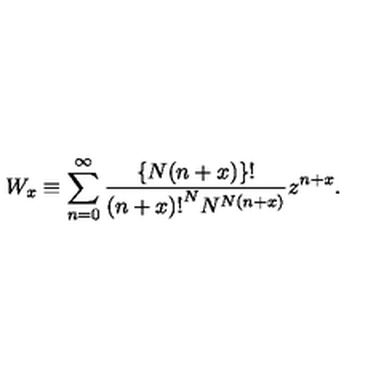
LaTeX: W _ { x } \equiv \sum _ { n = 0 } ^ { \infty } \frac { \{ N ( n + x ) \} ! } { { ( n + x ) ! } ^ { N } N ^ { N ( n + x ) } } z ^ { n + x } .